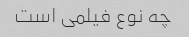
چه نوع فیلمی است